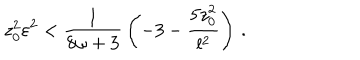
z _ { 0 } ^ { 2 } \varepsilon ^ { 2 } < { \frac { 1 } { 8 \omega + 3 } } \left( - 3 - { \frac { 5 z _ { 0 } ^ { 2 } } { l ^ { 2 } } } \right) \, .